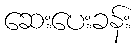
ဆေးပေးခန်း